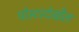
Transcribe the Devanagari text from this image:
पोस्टरदेखील